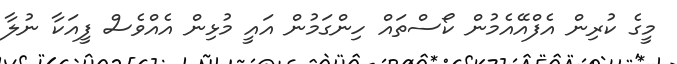
މީގެ ކުރިން އެފްއޭއެމުން ކޯސްތައް ހިންގަމުން އައީ މުޅިން އެއްވެސް ފީއަކާ ނުލާ